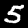
Digit: 5